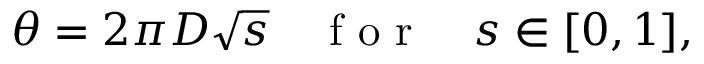
\theta = 2 \pi D \sqrt { s } \ \ \ \mathrm { ~ f ~ o ~ r ~ } \ \ \ s \in [ 0 , 1 ] ,